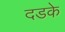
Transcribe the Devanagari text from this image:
दडके